Civil Veterinary Department. Madras. Admin. report 1926-33 - 1926-1933
Year: 1926
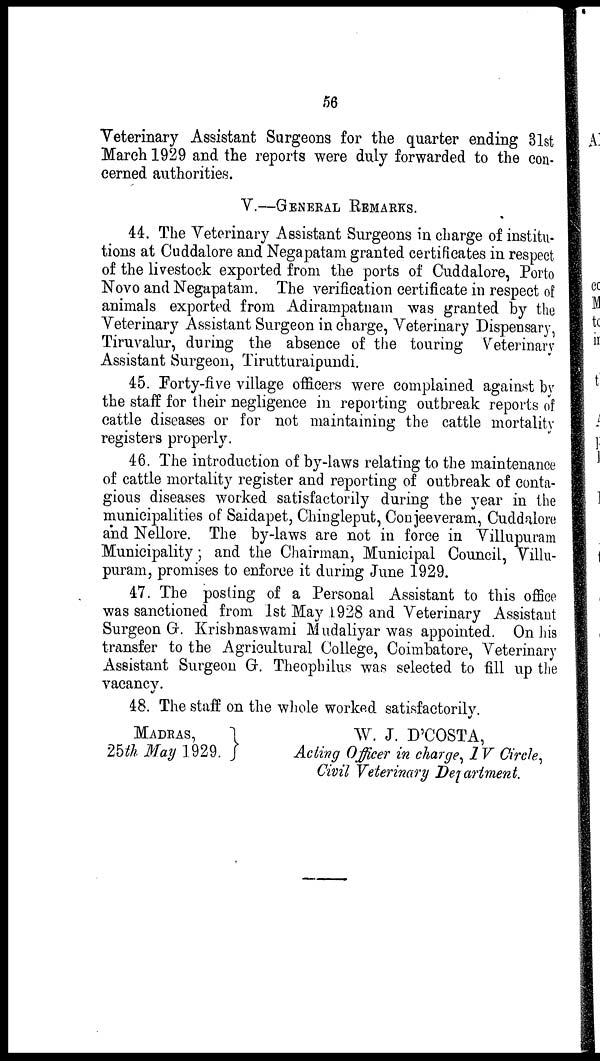
56
Veterinary Assistant Surgeons for the quarter ending 31st
March 1929 and the reports were duly forwarded to the con-
cerned authorities.
V.—GENERAL REMARKS.
44. The Veterinary Assistant Surgeons in charge of institu-
tions at Cuddalore and Negapatam granted certificates in respect
of the livestock exported from the ports of Cuddalore, Porto
Novo and Negapatam. The verification certificate in respect of
animals exported from Adirampatnam was granted by the
Veterinary Assistant Surgeon in charge, Veterinary Dispensary,
Tiruvalur, during the absence of the touring Veterinary
Assistant Surgeon, Tirutturaipundi.
45. Forty-five village officers were complained against by
the staff for their negligence in reporting outbreak reports of
cattle diseases or for not maintaining the cattle mortality
registers properly.
46. The introduction of by-laws relating to the maintenance
of cattle mortality register and reporting of outbreak of conta-
gious diseases worked satisfactorily during the year in the
municipalities of Saidapet, Chingleput, Conjeeveram, Cuddalore
and Nellore. The by-laws are not in force in Villupuram
Municipality; and the Chairman, Municipal Council, Villu-
puram, promises to enforce it during June 1929.
47. The posting of a Personal Assistant to this office
was sanctioned from 1st May 1928 and Veterinary Assistant
Surgeon G. Krishnaswami Mudaliyar was appointed. On his
transfer to the Agricultural College, Coimbatore, Veterinary
Assistant Surgeon G. Theophilus was selected to fill up the
vacancy.
48. The staff on the whole worked satisfactorily.
MADRAS,
25th May 1929.
W. J. D'COSTA,
Acting Officer in charge, IV Circle,
Civil Veterinary Department.